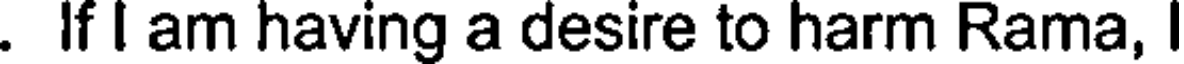
. If I am having a desire to harm Rama,